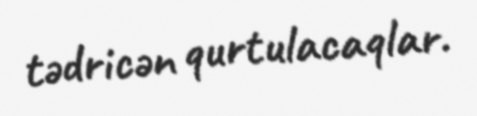
tədricən qurtulacaqlar.